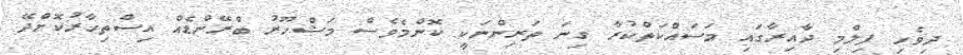
ދިވެހި ފިލްމި ދާއިރާގައި މަސައްކަތްކުރާ ގިނަ ތަރިންނަކީ ކޮންމެވެސް މަޝްހޫރު ބްރޭންޑެއް އިސްތިހާރުކޮށްދޭ